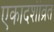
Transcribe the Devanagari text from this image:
एकादशीव्रत